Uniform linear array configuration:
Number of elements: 16
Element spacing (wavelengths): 0.25
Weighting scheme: exponential
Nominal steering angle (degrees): -60
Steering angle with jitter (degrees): -61.036
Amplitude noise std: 0.05
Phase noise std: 0.05

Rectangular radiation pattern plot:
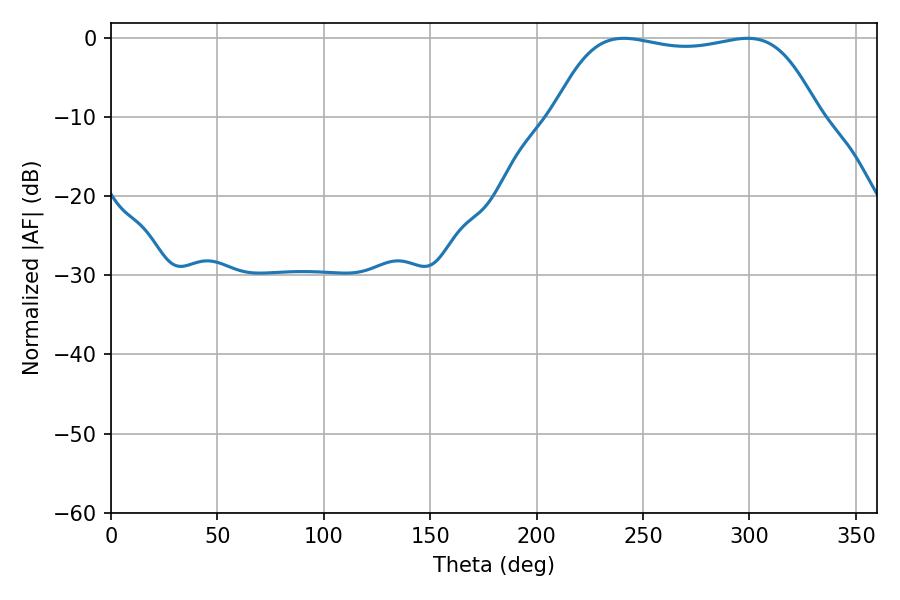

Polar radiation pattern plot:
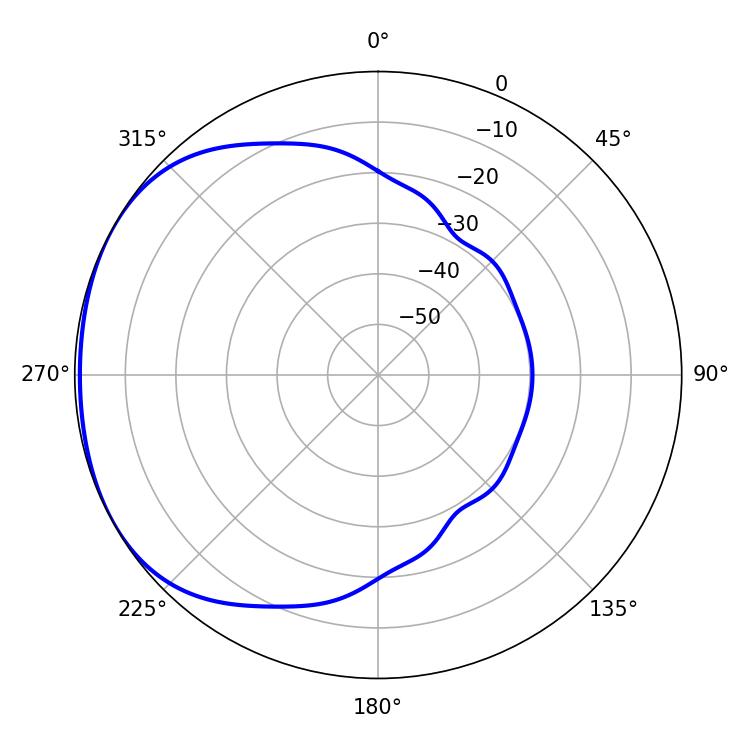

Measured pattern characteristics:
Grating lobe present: FALSE
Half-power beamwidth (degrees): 98.28
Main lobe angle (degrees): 240.84